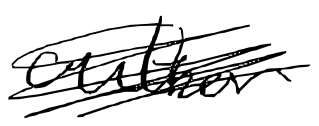
Text: author
Cross-out: scratch
Writing tool: digital_black